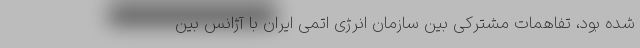
شده بود، تفاهمات مشترکی بین سازمان انرژی اتمی ایران با آژانس بین